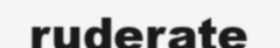
ruderate